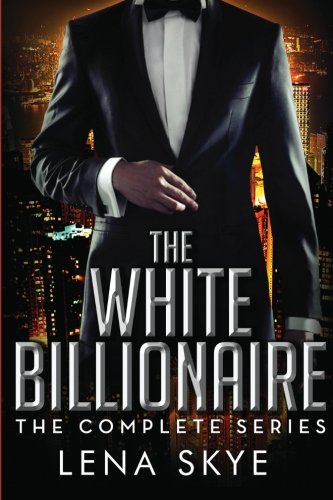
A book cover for The White Billionaire: The Complete Series: Interracial BWWM Romance; Lena Skye; Romance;